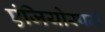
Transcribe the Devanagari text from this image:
एंजियोस्पर्म